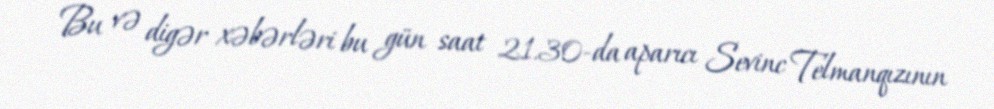
Bu və digər xəbərləri bu gün saat 21.30-da aparıcı Sevinc Telmanqızının